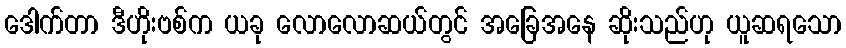
ဒေါက်တာ ဒီဟိုးဗစ်က ယခု လောလောဆယ်တွင် အခြေအနေ ဆိုးသည်ဟု ယူဆရသော